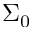
\Sigma _ { 0 }